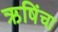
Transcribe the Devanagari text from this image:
ऋषिंचा